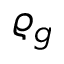
\varrho _ { g }